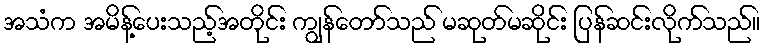
အသံက အမိန့်ပေးသည့်အတိုင်း ကျွန်တော်သည် မဆုတ်မဆိုင်း ပြန်ဆင်းလိုက်သည်။